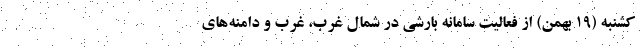
کشنبه‌ (۱۹ بهمن) از فعالیت سامانه بارشی در شمال غرب، غرب و دامنه‌های